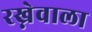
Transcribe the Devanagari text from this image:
रख्नेवाला